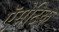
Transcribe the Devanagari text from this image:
ऍसेटिक